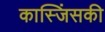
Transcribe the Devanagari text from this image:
कास्जिंसकी